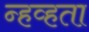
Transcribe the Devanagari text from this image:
न्हव्हता